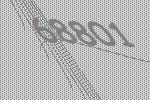
68801